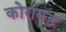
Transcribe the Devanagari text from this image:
कोरायड